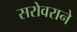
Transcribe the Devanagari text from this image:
सरोवराने